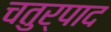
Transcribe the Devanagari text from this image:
चतुर्पाद